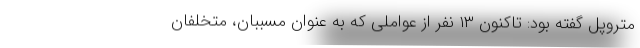
متروپل گفته بود: تاکنون ۱۳ نفر از عواملی که به عنوان مسببان، متخلفان